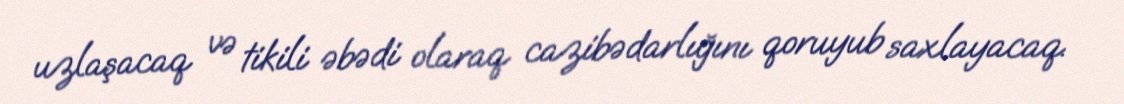
uzlaşacaq və tikili əbədi olaraq cazibədarlığını qoruyub saxlayacaq.